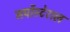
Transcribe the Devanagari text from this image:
सर्पोस्टेराल